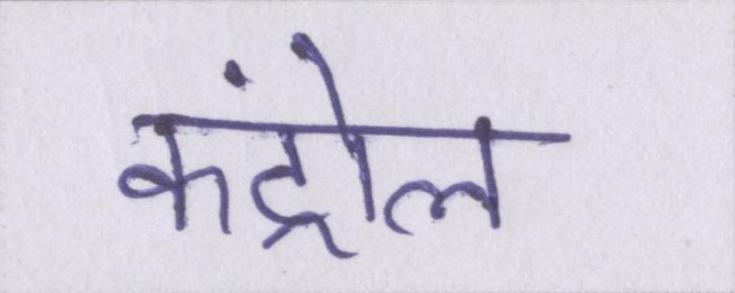
कंट्रोल